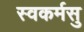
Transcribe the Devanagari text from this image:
स्वकर्मसु